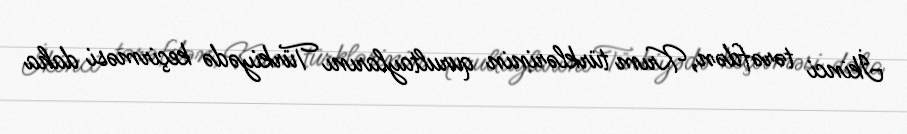
İkinci tərəfdən, Krım türklərinin qurultaylarını Türkiyədə keçirməsi daha